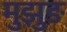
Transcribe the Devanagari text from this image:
मुझुङ